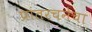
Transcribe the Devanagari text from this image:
प्रांतरचनेचा